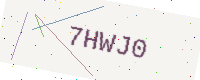
Text: 7HWJ0